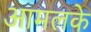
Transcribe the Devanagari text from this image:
आमलके